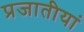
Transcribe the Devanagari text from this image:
प्रजातीयां